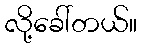
လို့ခေါ်တယ်။